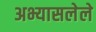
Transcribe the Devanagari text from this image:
अभ्यासलेले